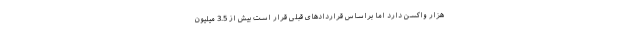
هزار واکسن دارد اما براساس قراردادهای قبلی قرار است بیش از 3.5 میلیون